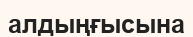
алдыңғысына